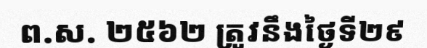
ព.ស. ២៥៦២ ត្រូវនឹងថ្ងៃទី២៩